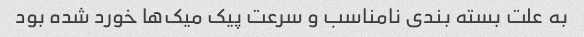
به علت بسته بندی نامناسب و سرعت پیک میک‌ها خورد شده بود